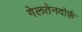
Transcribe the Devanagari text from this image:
गेलतेनदोर्फ़